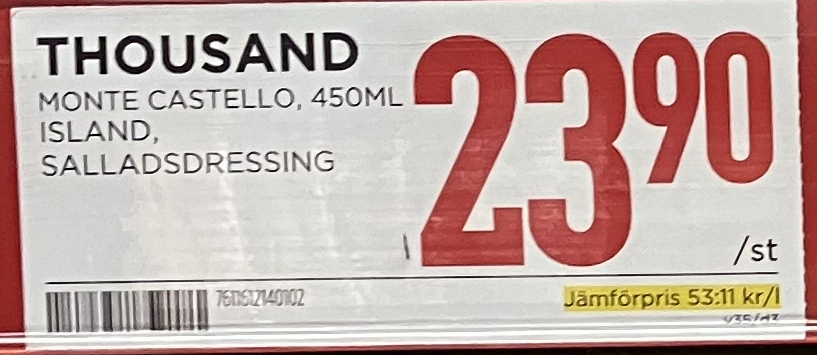
Vara: Thousand island salladsdressing
Genomsnittspris: 53.11 per L